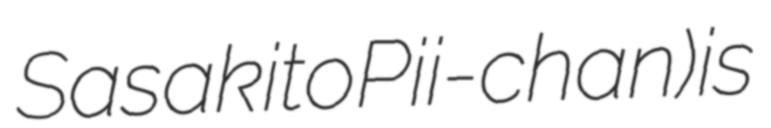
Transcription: Sasaki to Pii-chan) is